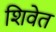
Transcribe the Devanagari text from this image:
शिवेत